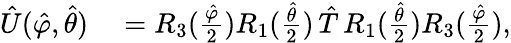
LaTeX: \begin{array}{rl}{\hat{U}(\hat{\varphi},\hat{\theta})}&{{}=R_{3}(\frac{\hat{\varphi}}{2})R_{1}(\frac{\hat{\theta}}{2})\, \hat{T}\, R_{1}(\frac{\hat{\theta}}{2})R_{3}(\frac{\hat{\varphi}}{2}),}\end{array}